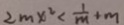
2 m x ^ { 2 } < \frac { 1 } { m } + m